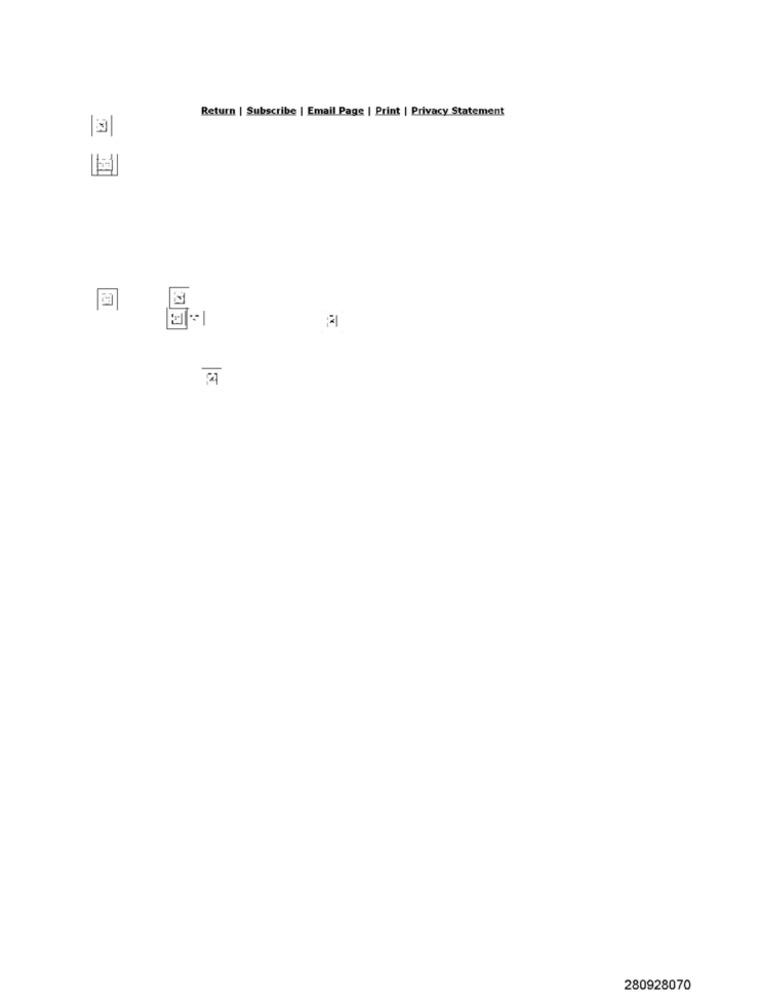
Return | Subscribe | Email Page | Print | Privacy Statement
280928070